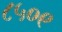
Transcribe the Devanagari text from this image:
८५०९